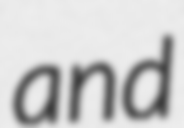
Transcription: and